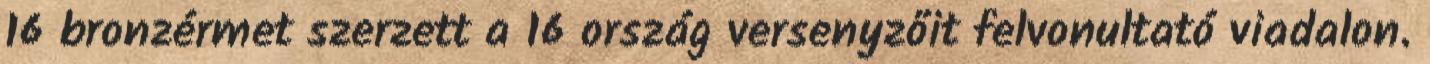
16 bronzérmet szerzett a 16 ország versenyzőit felvonultató viadalon.